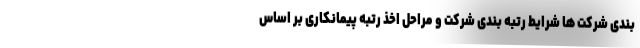
بندی شرکت ها شرایط رتبه بندی شرکت و مراحل اخذ رتبه پیمانکاری بر اساس